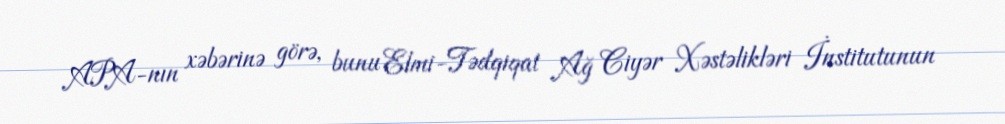
APA-nın xəbərinə görə, bunu Elmi-Tədqiqat Ağ Ciyər Xəstəlikləri İnstitutunun